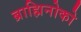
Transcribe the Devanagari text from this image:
ब्राह्मिनोको